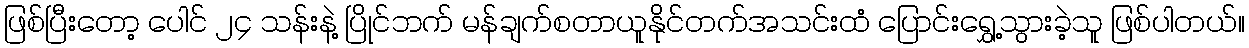
ဖြစ်ပြီးတော့ ပေါင် ၂၄ သန်းနဲ့ ပြိုင်ဘက် မန်ချက်စတာယူနိုင်တက်အသင်းထံ ပြောင်းရွှေ့သွားခဲ့သူ ဖြစ်ပါတယ်။